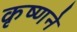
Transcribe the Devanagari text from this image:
कृष्‍णने